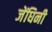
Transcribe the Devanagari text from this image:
जेंघिनी